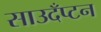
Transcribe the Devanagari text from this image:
साउदँप्टन